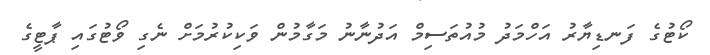
ކޯޓުގެ ފަނޑިޔާރު އަހްމަދު މުއުތަސިމް އަދުނާނު މަގާމުން ވަކިކުރުމަށް ނެގި ވޯޓުގައި ޕާޓީގެ